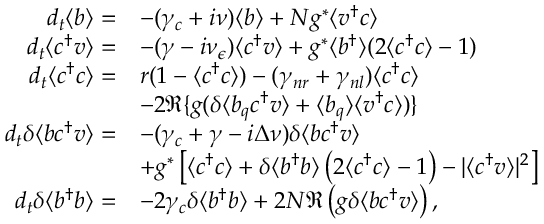
\begin{array} { r l } { d _ { t } \langle b \rangle = } & { - ( \gamma _ { c } + i \nu ) \langle b \rangle + N g ^ { * } \langle v ^ { \dagger } c \rangle } \\ { d _ { t } \langle c ^ { \dagger } v \rangle = } & { - ( \gamma - i \nu _ { \epsilon } ) \langle c ^ { \dagger } v \rangle + g ^ { * } \langle b ^ { \dagger } \rangle ( 2 \langle c ^ { \dagger } c \rangle - 1 ) } \\ { d _ { t } \langle c ^ { \dagger } c \rangle = } & { r ( 1 - \langle c ^ { \dagger } c \rangle ) - ( \gamma _ { n r } + \gamma _ { n l } ) \langle c ^ { \dagger } c \rangle } \\ & { - 2 \Re \{ g ( \delta \langle b _ { q } c ^ { \dagger } v \rangle + \langle b _ { q } \rangle \langle v ^ { \dagger } c \rangle ) \} } \\ { d _ { t } \delta \langle b c ^ { \dagger } v \rangle = } & { - ( \gamma _ { c } + \gamma - i \Delta \nu ) \delta \langle b c ^ { \dagger } v \rangle } \\ & { + g ^ { * } \left[ \langle c ^ { \dagger } c \rangle + \delta \langle b ^ { \dagger } b \rangle \left( 2 \langle c ^ { \dagger } c \rangle - 1 \right) - \vert \langle c ^ { \dagger } v \rangle \vert ^ { 2 } \right] } \\ { d _ { t } \delta \langle b ^ { \dagger } b \rangle = } & { - 2 \gamma _ { c } \delta \langle b ^ { \dagger } b \rangle + 2 N \Re \left( g \delta \langle b c ^ { \dagger } v \rangle \right) , } \end{array}